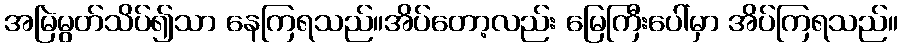
အမြဲမွတ်သိပ်၍သာ နေကြရသည်။အိပ်တော့လည်း မြေကြီးပေါ်မှာ အိပ်ကြရသည်။